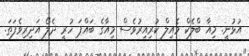
އުޅުނީ. މިއާ ބްލެކް މެއިލް ކުރިއިރުވެސް މިއާގެ ބައްޕަ ހުރީ ދެލޯ އަދިރިވެފަތަ.